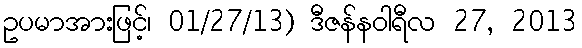
ဥပမာအားဖြင့်၊ 01/27/13) ဒီဇန်နဝါရီလ 27, 2013